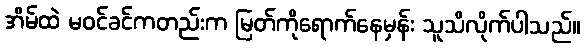
အိမ်ထဲ မဝင်ခင်ကတည်းက မြတ်ကိုရောက်နေမှန်း သူသိလိုက်ပါသည်။